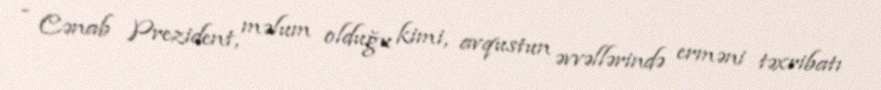
- Cənab Prezident, məlum olduğu kimi, avqustun əvvəllərində erməni təxribatı